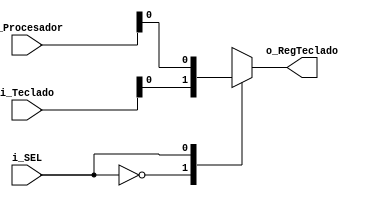
module Mux4_1(
input [3:0] i_Teclado, i_Procesador,
input i_SEL,
output o_RegTeclado
);

always @(*)begin
    case(i_SEL)
        0: o_RegTeclado = i_Teclado;
        1: o_RegTeclado = i_Procesador;
    endcase
end

endmodule